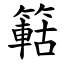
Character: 䉐